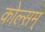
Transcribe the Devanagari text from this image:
कोल्सम्‌